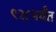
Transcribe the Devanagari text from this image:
९२८पर्यंत